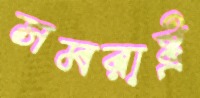
সমরাষ্ট্র